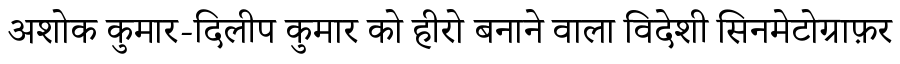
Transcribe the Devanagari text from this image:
अशोक कुमार-दिलीप कुमार को हीरो बनाने वाला विदेशी सिनमेटोग्राफ़र